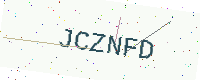
Text: JCZNFD